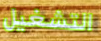
التشغيل